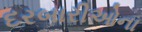
દરબારીઓના